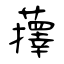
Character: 蘀